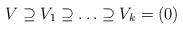
LaTeX: \begin{align*}V \supseteq V_{1} \supseteq \ldots \supseteq V_{k} = (0) \end{align*}